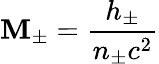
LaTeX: \displaystyle\mathbf{M}_{\pm}=\frac{{h_{\pm}}}{{n_{\pm}c^{2}}}